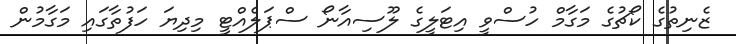
ޒެނިތުގެ ކޯޗުގެ މަގާމް ހުސްވީ އިޓަލީގެ ލޫސިއާނޯ ސްޕަލެއްޓީ މިދިޔަ ހަފުތާގައި މަގާމުން